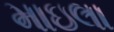
માઇલા